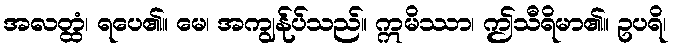
အလတ္ထံ၊ ရပေ၏။ မေ၊ အကျွန်ုပ်သည်။ ဣမိဿာ၊ ဤသီရိမာ၏။ ဥပရိ၊